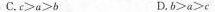
C.$$c ≥ a ≥ b$$ D.$$b ≥ a ≥ c$$